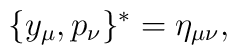
\{y_{\mu},p_{\nu}\}^*=\eta_{\mu\nu},